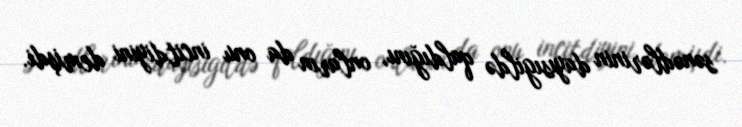
sənədlərinin dayısıgildə qaldığını, onların da onu incitdiyini demişdi.